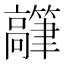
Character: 𬴟